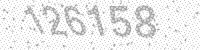
Solution: 126158